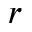
r